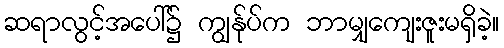
ဆရာလွင့်အပေါ်၌ ကျွန်ုပ်က ဘာမျှကျေးဇူးမရှိခဲ့။